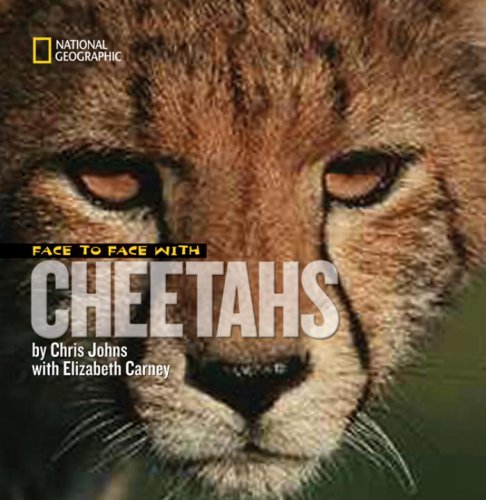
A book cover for Face to Face With Cheetahs (Face to Face with Animals); Chris Johns; Children's Books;